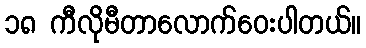
၁၈ ကီလိုမီတာလောက်ဝေးပါတယ်။